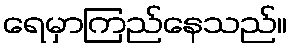
ရေမှာကြည်နေသည်။